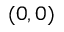
( 0 , 0 )